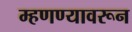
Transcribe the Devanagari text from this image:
म्हणण्यावरून